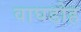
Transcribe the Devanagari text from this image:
वाघडोह